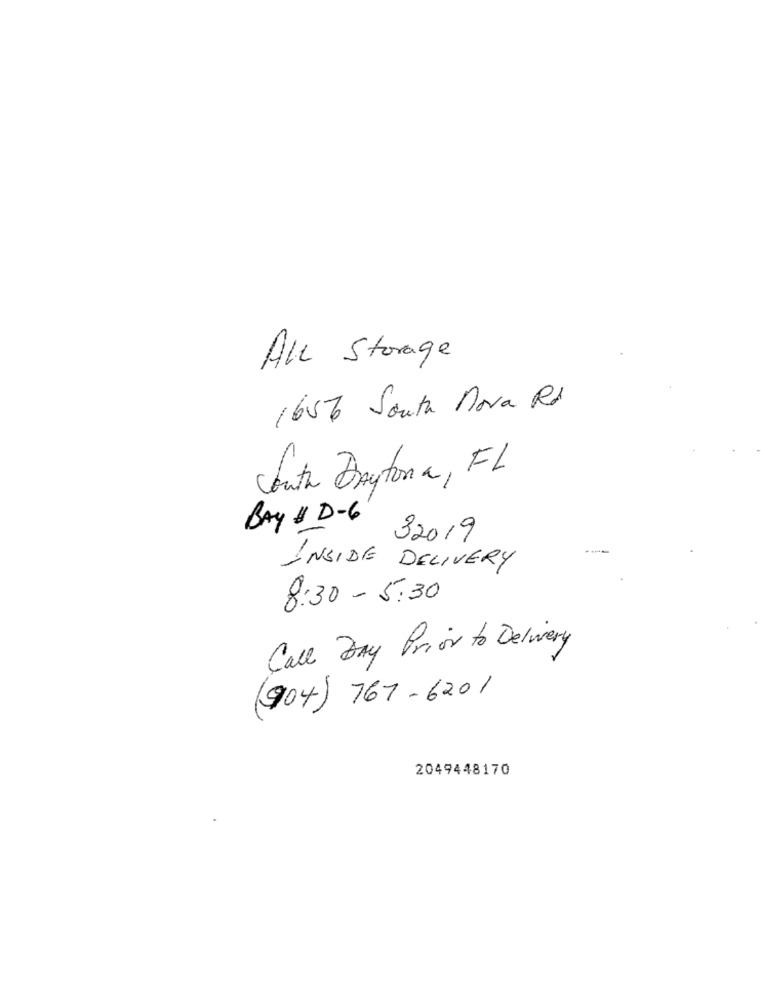
All Storage
1656 South nova Rd
South Daytona, FL
BAY UD-6 32019
INSIDE DELIVERY
8:30 - 5.30
Call Day Prior to Delivery
(904) 767-6201
2049448170